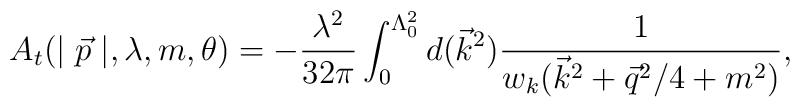
A_t(\mid \vec p\mid ,\lambda ,m,\theta )=-\frac{\lambda ^2}{32\pi }\int_0^{\Lambda _0^2}d(\vec k^2)\frac 1{w_k(\vec k^2+\vec q^2/4+m^2)},